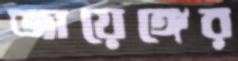
জায়েঙ্গের